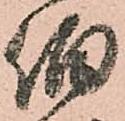
伯